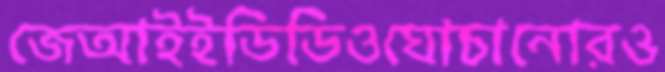
জেআইইডিডিওঘোচানোরও